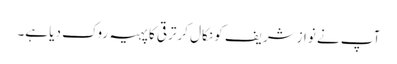
آپ نے نوازشریف کو نکال کرترقی کا پہیہ روک دیا ہے۔